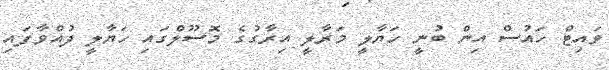
ވައިޓް ހައުސް އިން ބުނީ ހަޔާލީ މަރާލީ އިރާގުގެ މޮސޫލްގައި ހަޔާލީ ދުއްވާފައި